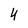
Character: 4